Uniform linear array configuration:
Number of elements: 24
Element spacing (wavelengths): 0.75
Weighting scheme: cosine
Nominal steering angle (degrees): -30
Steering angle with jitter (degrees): -31.33
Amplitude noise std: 0.05
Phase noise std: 0.05

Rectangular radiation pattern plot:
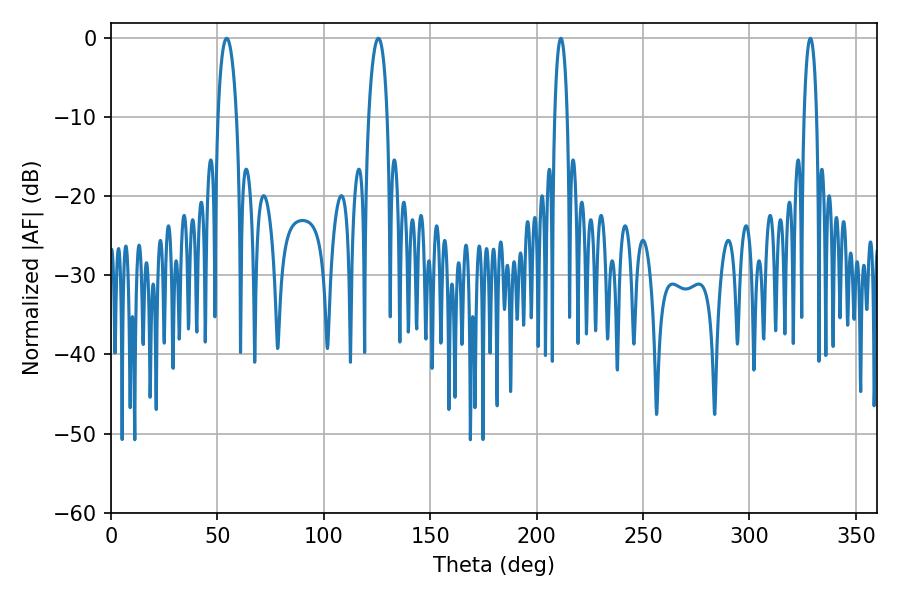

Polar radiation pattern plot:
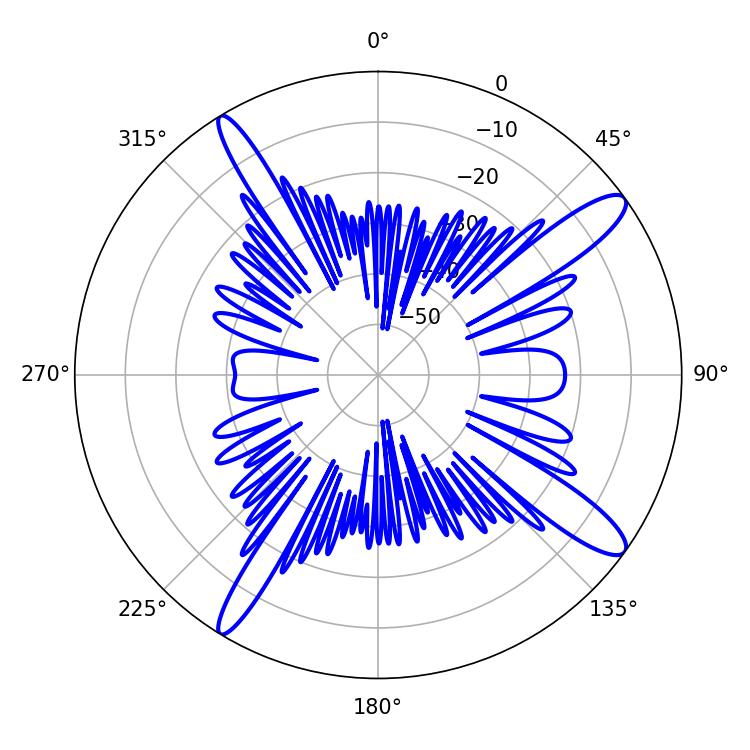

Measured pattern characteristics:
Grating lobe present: TRUE
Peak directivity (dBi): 13.571
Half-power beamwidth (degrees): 4.86
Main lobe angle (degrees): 54.36